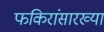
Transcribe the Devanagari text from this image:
फकिरांसारख्या